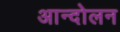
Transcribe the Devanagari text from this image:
अान्दोलन